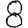
Digit: 8